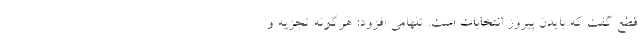
قطع گفت که بایدن پیروز انتخابات است. تلهامی افزود: هرگونه تجزیه و